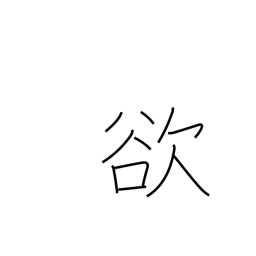
Meaning: covetousness